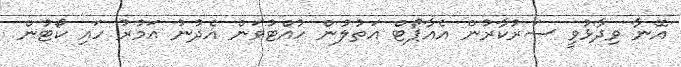
އޭނާ ވިދާޅުވީ ސަރުކާރުން އެއާޕޯޓް އަތުލުން ހުއްޓުވަން އެދުނު އަމުރު ހައި ކޯޓުން